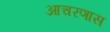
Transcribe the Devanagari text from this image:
आचरणास